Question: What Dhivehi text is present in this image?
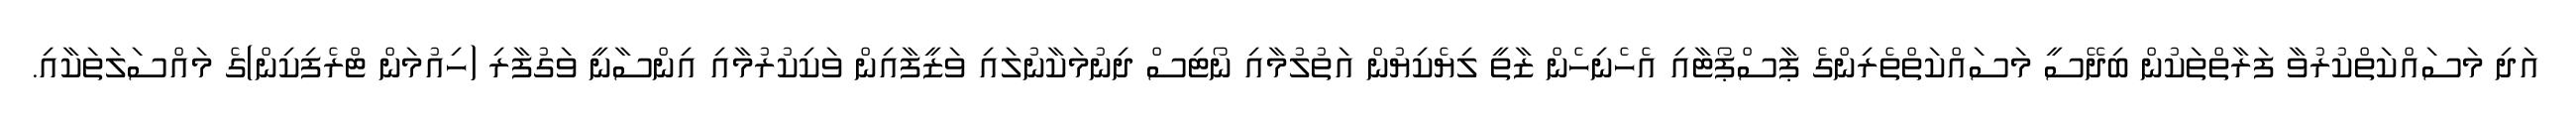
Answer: އަދި މަސައްކަތްކުރުވާ ފަރާތްތަކުން ބިދޭސީ މަސައްކަތްތެރިންގެ ޕާސްޕޯޓާއި އެހެނިހެން ޒާތީ ލިޔެކިޔުން އަތުލުމާއި ނޯޓިސް ދިނުމަކާނުލައި ވަޒީފާއިން ވަކިކުރުމާއި އިންސާނީ ވަގުފާރި (ހިއުމަން ޓްރެފިކިން)ގެ މައްސަލަތަކާއި.